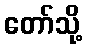
တော်သို့